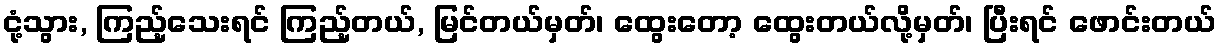
ငုံ့သွား, ကြည့်သေးရင် ကြည့်တယ်, မြင်တယ်မှတ်၊ ထွေးတော့ ထွေးတယ်လို့မှတ်၊ ပြီးရင် ဖောင်းတယ်